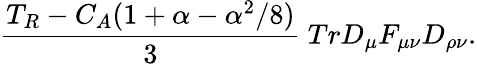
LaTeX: \frac{T_{R}-C_{A}(1+\alpha-\alpha^{2}/8)}{3}\ TrD_{\mu}F_{\mu\nu}D_{\rho\nu}.